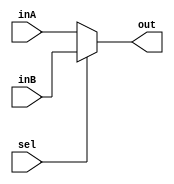
`timescale 1ns / 1ps
//////////////////////////////////////////////////////////////////////////////////
// Company: 
// Engineer: 
// 
// Design Name: 
// Module Name: Mux14Bit2to1
// Project Name: 
// Target Devices: 
// Tool Versions: 
// Description: 
// 
// Dependencies: 
// 
// Revision:
// Revision 0.01 - File Created
// Additional Comments:
// 
//////////////////////////////////////////////////////////////////////////////////


module Mux14Bit2to1(out, inA, inB, sel);

    output reg [13:0] out;
    
    input [13:0] inA;
    input [13:0] inB;
    input sel;

    /* Fill in the implementation here ... */ 
    always @ (inA, inB, sel) begin
       if (sel == 1)
            out <= inB;    
       else
            out <= inA;
    end
endmodule